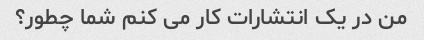
من در یک انتشارات کار می کنم شما چطور؟